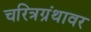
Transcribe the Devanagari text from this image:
चरित्रग्रंथावर